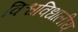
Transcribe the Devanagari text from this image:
विश्वविधालीय